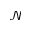
\mathcal { N }